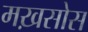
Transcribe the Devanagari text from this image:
मख़सोस